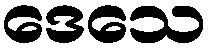
ဒေသေ